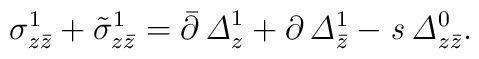
\sigma^1_{z \bar z}+\tilde \sigma^1_{z \bar z}=\bar\partial\,{\it \Delta}_{z}^1+\partial\,{\it \Delta}_{\bar z}^1 - {\it s}\,{\it \Delta}_{z \bar z}^0.